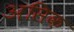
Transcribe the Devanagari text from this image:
असिक